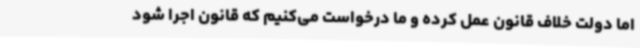
اما دولت خلاف قانون عمل کرده و ما درخواست می‌کنیم که قانون اجرا شود